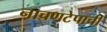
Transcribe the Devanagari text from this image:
नाचणटेपाची